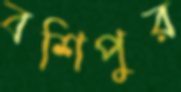
বশিপুর